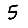
Digit: 5